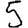
Digit: 5